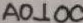
A O \bot 0 0